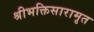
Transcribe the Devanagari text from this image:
श्रीभक्तिसारामृत